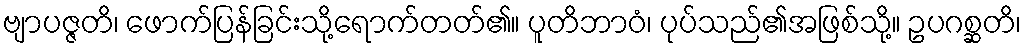
ဗျာပဇ္ဇတိ၊ ဖောက်ပြန်ခြင်းသို့ရောက်တတ်၏။ ပူတိဘာဝံ၊ ပုပ်သည်၏အဖြစ်သို့။ ဥပဂစ္ဆတိ၊